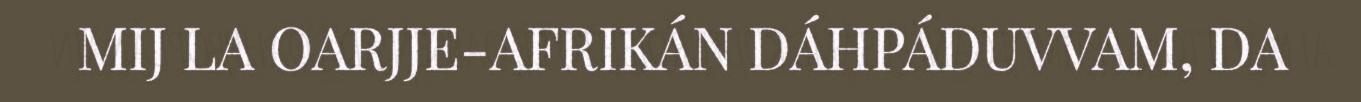
MIJ LA OARJJE-AFRIKÁN DÁHPÁDUVVAM, DA